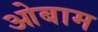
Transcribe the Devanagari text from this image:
ओबाम